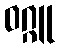
ဝဂ္ဂူ